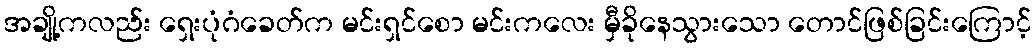
အချို့ကလည်း ရှေးပုံဂံခေတ်က မင်းရှင်စော မင်းကလေး မှီခိုနေသွားသော တောင်ဖြစ်ခြင်းကြောင့်